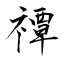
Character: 禫